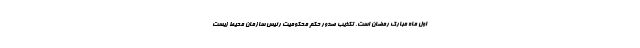
اول ماه مبارک رمضان است. تکذیب صدور حکم محکومیت رئیس سازمان محیط زیست